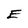
Character: E